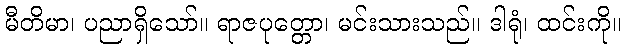
မီတိမာ၊ ပညာရှိသော်။ ရာဇပုတ္တော၊ မင်းသားသည်။ ဒါရုံ၊ ထင်းကို။